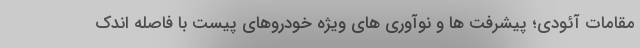
مقامات آئودی؛ پیشرفت ها و نوآوری های ویژه خودروهای پیست با فاصله اندک